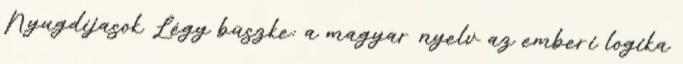
Nyugdíjasok Légy büszke: a magyar nyelv az emberi logika